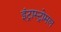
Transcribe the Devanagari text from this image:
इंट्रास्ट्रोमल